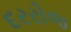
દરરોજ